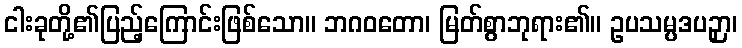
ငါးခုတို့၏ပြည့်ကြောင်းဖြစ်သော။ ဘဂဝတော၊ မြတ်စွာဘုရား၏။ ဥပသမ္ပဒပဉှာ၊